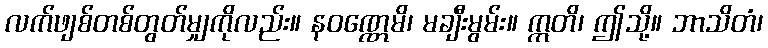
လက်ဖျစ်တစ်တွတ်မျှကိုလည်း။ နဝဏ္ဏေမိ၊ မချီးမွမ်း။ ဣတိ၊ ဤသို့။ ဘာသိတံ၊